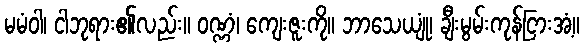
မမံဝါ၊ ငါဘုရား၏လည်း။ ဝဏ္ဏံ၊ ကျေးဇူးကို။ ဘာသေယျုံ၊ ချီးမွမ်းကုန်ငြားအံ့။